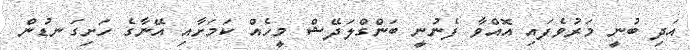
އަދި ބުނީ މަރުވެފައި އޮއްވާ ފެނުނީ ބަންގްލަދޭޝް މީހެއް ކަމަށާއި އޭނާގެ ހަށިގަނޑުން